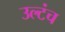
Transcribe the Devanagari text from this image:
उल्टंच